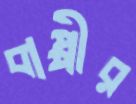
বাপ্পীর